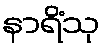
နာရိံသု